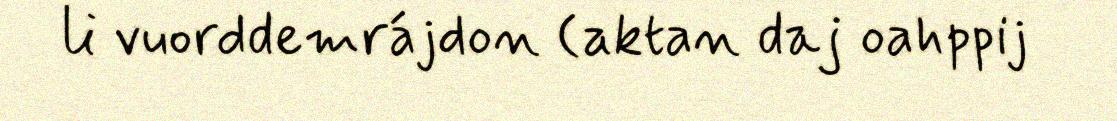
li vuorddemrájdon (aktan daj oahppij